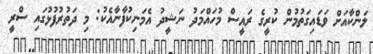
ލަންކާއަށް ވަޑައިގަތުމުން ކުރީގެ ރައީސް މުހައްމަދު ނަޝީދު އެމަނިކުފާނާއެކު: މި ދަތުރުފުޅުގައި ސްރީ